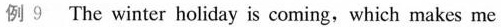
例 9 The winter holiday is coming, which makes me